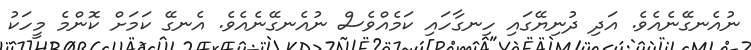
ނުއެނގޭނެއެވެ. އަދި ދުނިޔޭގައި ހިނގާހައި ކަމެއްވެސް ނުއެނގޭނެއެވެ. އެނގޭ ކަމަށް ކޮންމެ މީހަކު